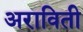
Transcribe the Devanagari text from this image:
अराविती